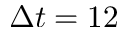
\Delta t = 1 2